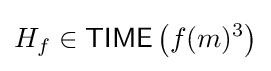
H_{f}\in {\mathsf {TIME}}\left(f(m)^{3}\right)